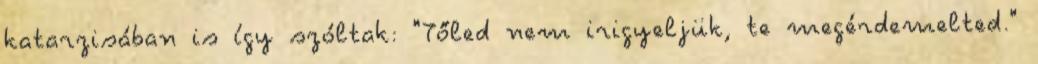
katarzisában is így szóltak: "Tőled nem irigyeljük, te megérdemelted."